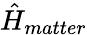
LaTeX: \hat{H}_{matter}